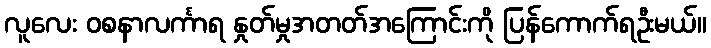
လူလေး ဝစနာလင်္ကာရ နှုတ်မှုအတတ်အကြောင်းကို ပြန်ကောက်ရဦးမယ်။